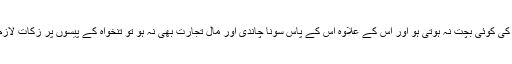
اور اگر اس کی کوئی بچت نہ ہوتی ہو اور اس کے علاوہ اس کے پاس سونا چاندی اور مالِ تجارت بھی نہ ہو تو تنخواہ کے پیسوں پر زکات لازم نہیں ہوگی۔